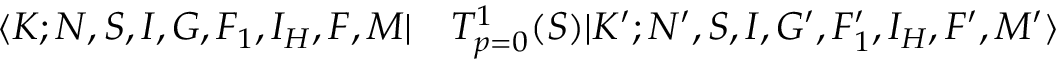
\begin{array} { r l } { \langle K ; N , S , I , G , F _ { 1 } , I _ { H } , F , M | } & { { } T _ { p = 0 } ^ { 1 } ( S ) | K ^ { \prime } ; N ^ { \prime } , S , I , G ^ { \prime } , F _ { 1 } ^ { \prime } , I _ { H } , F ^ { \prime } , M ^ { \prime } \rangle } \end{array}